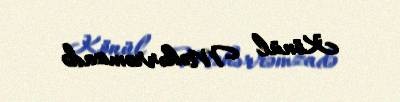
Könül Məhərrəmzadə